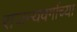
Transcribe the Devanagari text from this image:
राजन्यवर्गाच्या